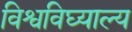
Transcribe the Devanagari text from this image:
विश्वविघ्याल्य